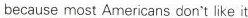
because most Americans don't like it